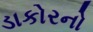
ડાકોરનો